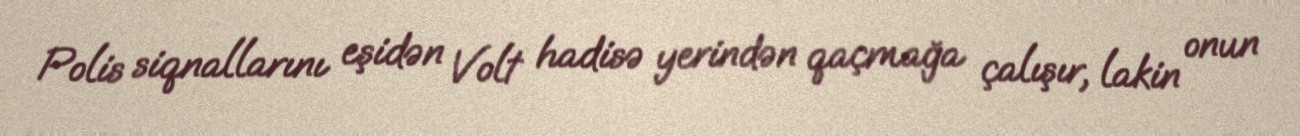
Polis siqnallarını eşidən Volt hadisə yerindən qaçmağa çalışır, lakin onun